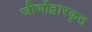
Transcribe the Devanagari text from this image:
जीर्णोद्वारकृत